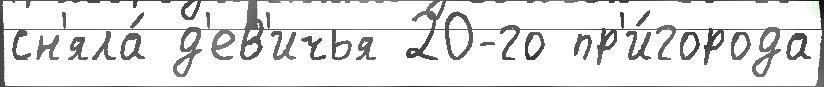
сн'яла́ д'ев'ичья 20-го пр'и́города